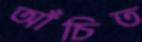
আঁচিত